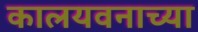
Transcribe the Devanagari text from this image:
कालयवनाच्या